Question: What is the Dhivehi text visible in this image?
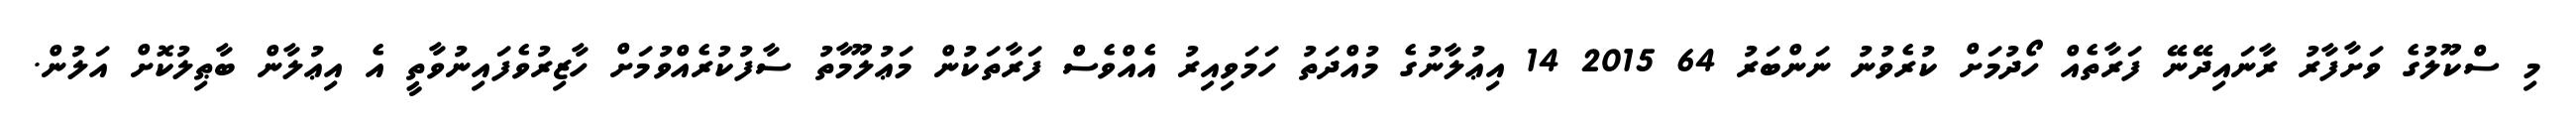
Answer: މި ސްކޫލުގެ ވަށާފާރު ރާނައިދޭނޭ ފަރާތެއް ހޯދުމަށް ކުރެވުނު ނަންބަރު 64 2015 14 އިޢުލާނުގެ މުއްދަތު ހަމަވިއިރު އެއްވެސް ފަރާތަކުން މަޢުލޫމާތު ސާފުކުރެއްވުމަށް ހާޒިރުވެފައިނުވާތީ އެ އިޢުލާން ބާޠިލުކޮށް އަލުން.